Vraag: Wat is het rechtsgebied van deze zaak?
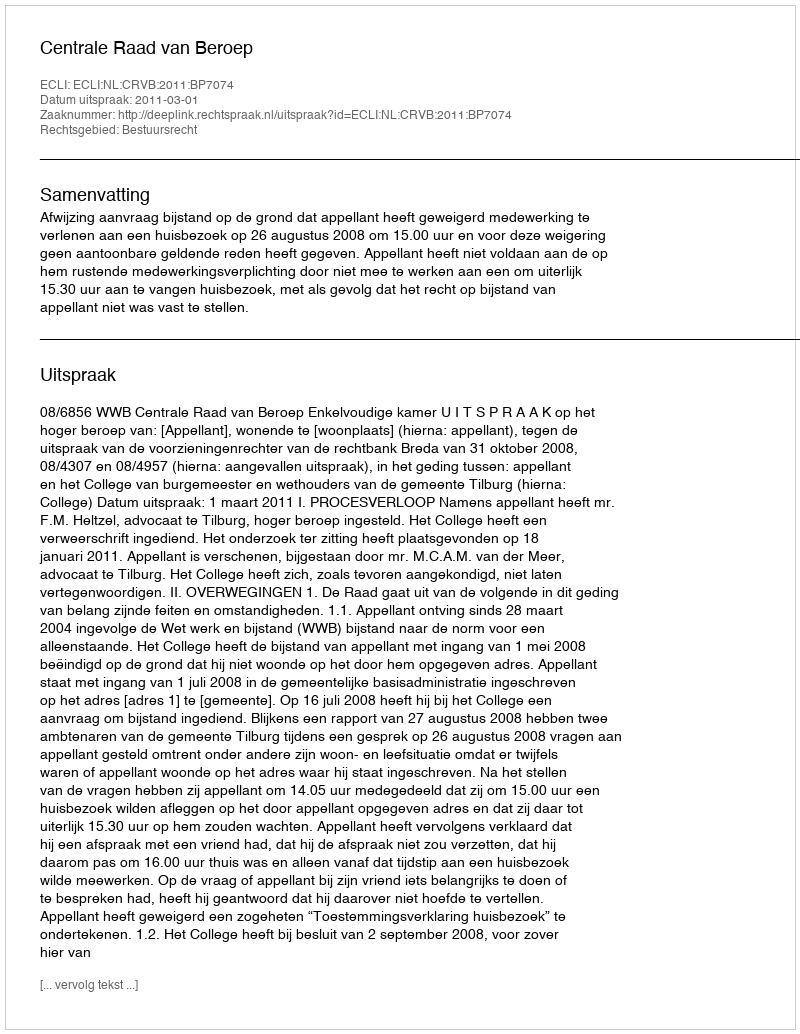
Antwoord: Bestuursrecht